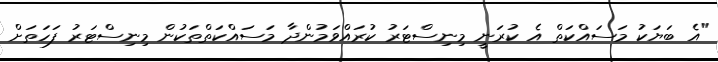
"އެ ބަޔަކު މަސައްކަތް އެ ކުރަނީ މިނިސްޓަރު ކުރައްވަމުންދާ މަސައްކަތްތަކުން މިނިސްޓަރު ފަހަތަށް